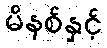
မိနစ်နှင့်